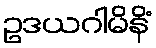
ဥဒယဂါမိနိံ